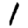
Digit: 1